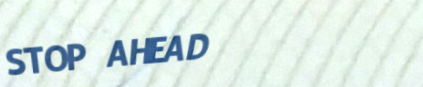
STOP AHEAD